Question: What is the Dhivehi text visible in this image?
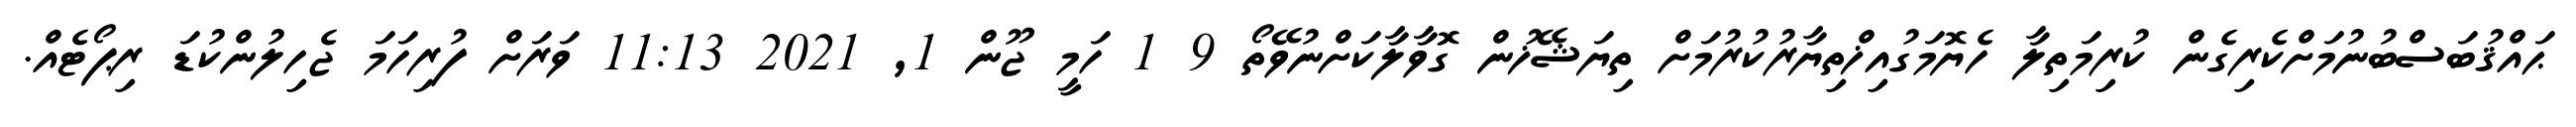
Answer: ޙައްޤުބަސްބުނުމަށްކެރިގެން ކުރިމަތިލާ ހެޔޮމަގުއިޚްތިޔާރުކުރުމަށް ތިޔަޝޭޚުން ގޮވާލާކަށްނުވޭތޯ 9 1 ހަމީ ޖޫން 1, 2021 11:13 ވަރަށް ފުރިހަމަ ޖެހިލުންކުޑަ ރިޕޯޓެއް.